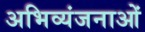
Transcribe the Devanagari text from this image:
अभिव्यंजनाओं